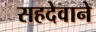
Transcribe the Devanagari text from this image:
सहदेवाने